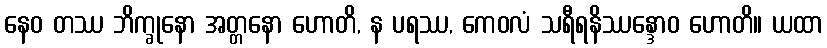
နေဝ တဿ ဘိက္ခုနော အတ္တနော ဟောတိ, န ပရဿ, ကေဝလံ သရီရနိဿန္ဒောဝ ဟောတိ။ ယထာ